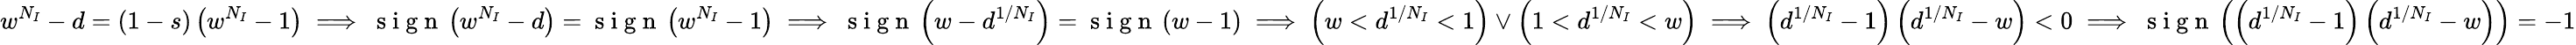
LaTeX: w^{N_{I}}-d=(1-s)\left(w^{N_{I}}-1\right)\implies\mathrm{~s~i~g~n~}\left(w^{N_{I}}-d\right)=\mathrm{~s~i~g~n~}\left(w^{N_{I}}-1\right)\implies\mathrm{~s~i~g~n~}\left(w-d^{1/N_{I}}\right)=\mathrm{~s~i~g~n~}\left(w-1\right)\implies\left(w<d^{1/N_{I}}<1\right)\lor\left(1<d^{1/N_{I}}<w\right)\implies\left(d^{1/N_{I}}-1\right)\left(d^{1/N_{I}}-w\right)<0\implies\mathrm{~s~i~g~n~}\left(\left(d^{1/N_{I}}-1\right)\left(d^{1/N_{I}}-w\right)\right)=-1